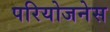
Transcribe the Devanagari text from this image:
परियोजनेस